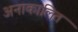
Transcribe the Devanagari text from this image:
अनाकालित